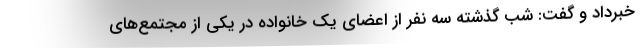
خبرداد و گفت: شب گذشته سه نفر از اعضای یک خانواده در یکی از مجتمع‌های